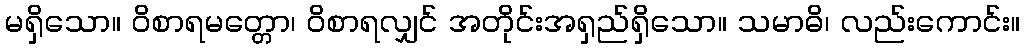
မရှိသော။ ဝိစာရမတ္တော၊ ဝိစာရလျှင် အတိုင်းအရှည်ရှိသော။ သမာဓိ၊ လည်းကောင်း။